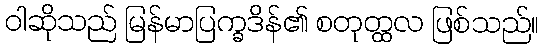
ဝါဆိုသည် မြန်မာပြက္ခဒိန်၏ စတုတ္ထလ ဖြစ်သည်။